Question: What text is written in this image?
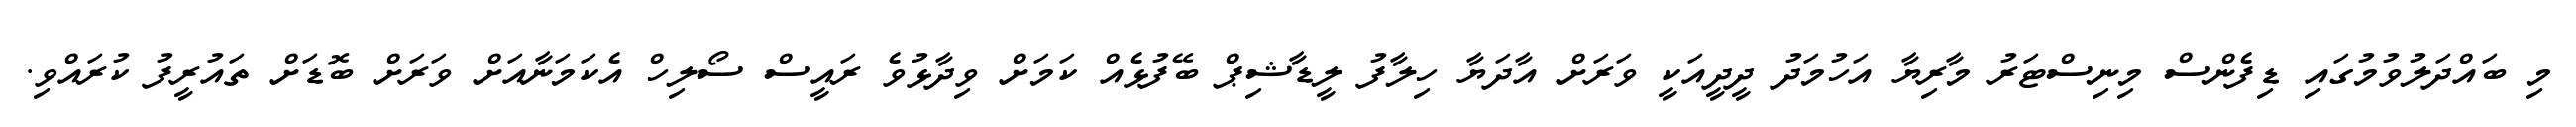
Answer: މި ބައްދަލުވުމުގައި ޑިފެންސް މިނިސްޓަރު މާރިޔާ އަހުމަދު ދީދީއަކީ ވަރަށް އާދަޔާ ހިލާފު ލީޑާޝިޕް ބޭފުޅެއް ކަމަށް ވިދާޅުވެ ރައީސް ސޯލިހް އެކަމަނާއަށް ވަރަށް ބޮޑަށް ތައުރީފު ކުރައްވި.